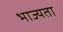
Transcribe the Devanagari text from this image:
भाज्यता